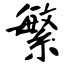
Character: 繁